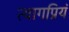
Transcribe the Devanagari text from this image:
त्यागप्रियं